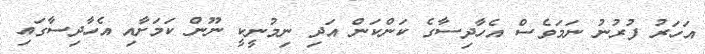
އަހަރު ފުރުނު ނަމަވެސް އެހާދިސާގެ ކަންކަން އަދި ނިމުނީކީ ނޫން ކަމަށާއި އެހާދިސާގައި